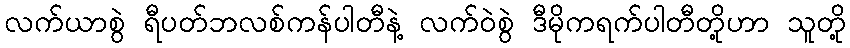
လက်ယာစွဲ ရီပတ်ဘလစ်ကန်ပါတီနဲ့ လက်ဝဲစွဲ ဒီမိုကရက်ပါတီတို့ဟာ သူတို့